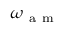
\omega _ { \mathrm { ~ a ~ m ~ } }